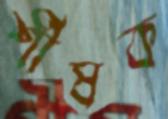
র্শীষক